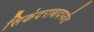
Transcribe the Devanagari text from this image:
सिकंदराबादपर्यंत